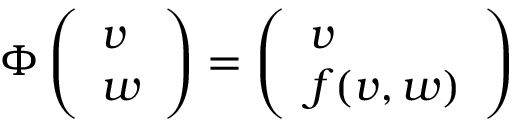
\Phi \left( \begin{array} { l } { v } \\ { w } \end{array} \right) = \left( \begin{array} { l } { v } \\ { f ( v , w ) } \end{array} \right)